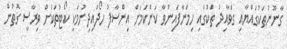
ގާނޫނުތަކުގައްޔާއި ގަވާއިދު ތަކުގައި ހިމަނާފައިނުވާ ކަންކަމަށް އިންސާފު ހޯދަައިދިނުމަކީ ކޯޓުތަކަށް ވިރާސީ ގޮތުން